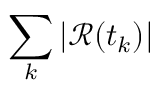
\sum _ { k } | \mathcal { R } ( t _ { k } ) |